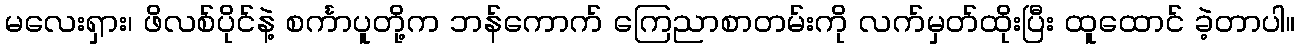
မလေးရှား၊ ဖိလစ်ပိုင်နဲ့ စင်္ကာပူတို့က ဘန်ကောက် ကြေညာစာတမ်းကို လက်မှတ်ထိုးပြီး ထူထောင် ခဲ့တာပါ။